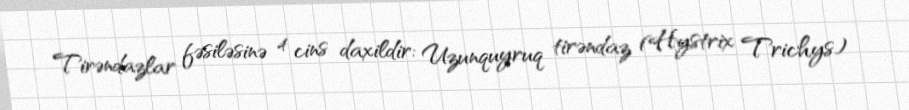
Tirəndazlar fəsiləsinə 4 cins daxildir: Uzunquyruq tirəndaz (Hystrix Trichys)